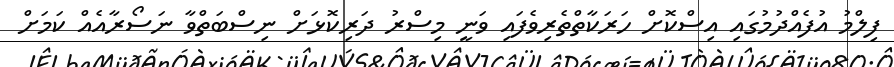
ފިލްމު އުފެއްދުމުގައި އިސްކޮށް ހަރަކާތްތެރިވެފައި ވަނީ މިސްރު ދަރިކޮޅަށް ނިސްބަތްވާ ނަސޯރާއެއް ކަމަށް